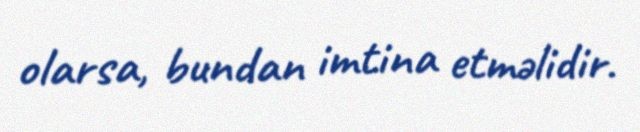
olarsa, bundan imtina etməlidir.